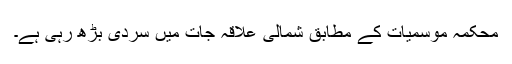
محکمہ موسمیات کے مطابق شمالی علاقہ جات میں سردی بڑھ رہی ہے۔